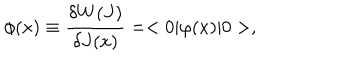
\phi ( x ) \equiv { \frac { \delta W ( J ) } { \delta J ( x ) } } = < 0 | \varphi ( x ) | 0 > ,